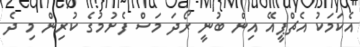
އެކަމަކު އެޗްޕީއޭ އިން ބުނީ ރޯދަ މަސް ފެށުމުގެ ކުރިން މި ދެ